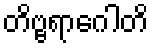
တိဗ္ဗရာဂေါတိ